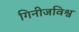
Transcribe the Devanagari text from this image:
गिनीजविश्व